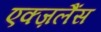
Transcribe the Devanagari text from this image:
एक्ज़लैंस